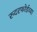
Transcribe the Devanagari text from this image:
रुदरफोर्डच्या